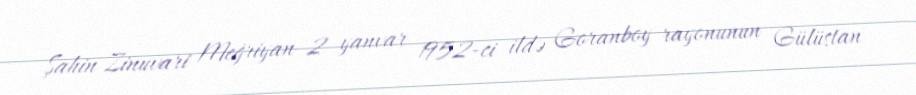
Şahin Zinuvari Meğriyan 2 yanvar 1952-ci ildə Goranboy rayonunun Gülüstan